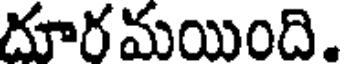
దూరమయింది.